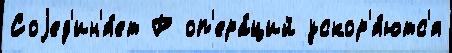
Соjед'ин'я́ет Р оп'ера́ций ускор'я́ютс'я